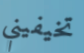
تخيفيني